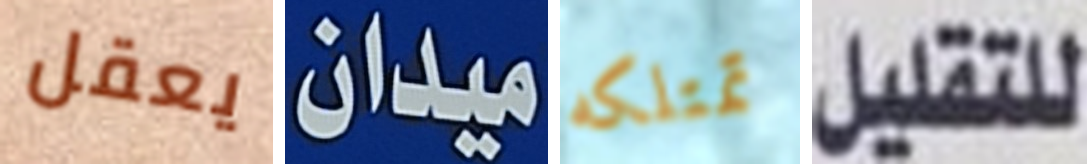
يعقل ميدان تمتلكه للتقليل